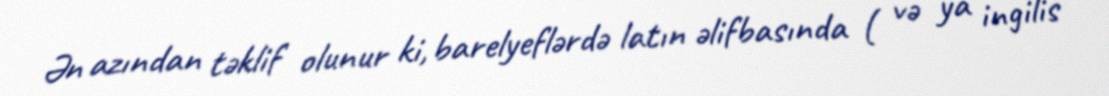
Ən azından təklif olunur ki, barelyeflərdə latın əlifbasında ( və ya ingilis